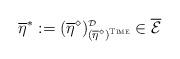
LaTeX: \begin{align*}\overline{\eta}^{*} := (\overline{\eta}^{\diamond})^{\mbox{\tiny $\mathcal{D}$}}_{(\overline{\eta}^{\diamond})^{\mbox{\tiny \sc Time}}} \in \overline{\mathcal{E}}\end{align*}